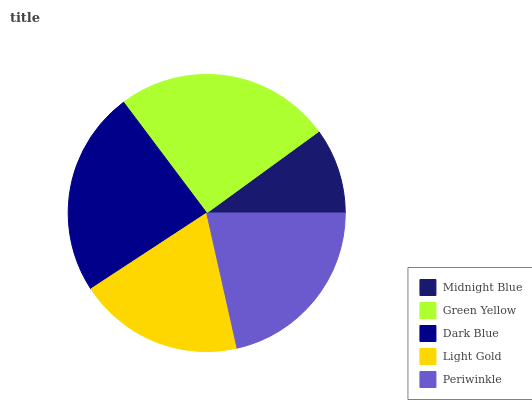
| Midnight Blue | Green Yellow | Dark Blue | Light Gold | Periwinkle |
 | --- | --- | --- | --- | --- |
 | 10% | 25.3% | 24% | 19.2% | 21.5% |